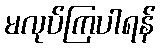
မလုပ်ကြပါရန်